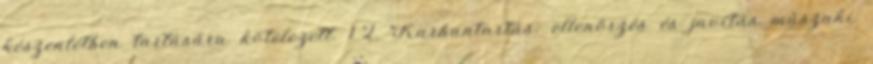
készenlétben tartására kötelezett. 1.2. Karbantartás: ellenõrzés és javítás mûszaki